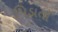
પિડાતો